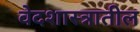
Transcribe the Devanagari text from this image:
वेदशास्त्रातील